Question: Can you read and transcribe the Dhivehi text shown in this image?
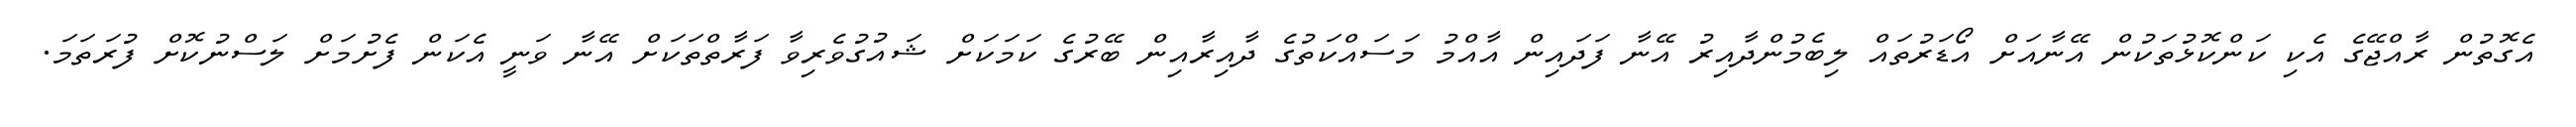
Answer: އެގޮތުން ރާއްޖޭގެ އެކި ކަންކޮޅުތަކުން އޭނާއަށް އޯޑަރުތައް ލިބެމުންދާއިރު އޭނާ ފަދައިން އާއްމު މަސައްކަތުގެ ދާއިރާއިން ބޭރުގެ ކަމަކަށް ޝައުގުވެރިވާ ފަރާތްތަކަށް އޭނާ ވަނީ އެކަން ފެށުމަށް ލަސްނުކޮށް ފުރަތަމަ.